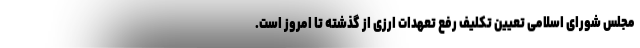
مجلس شورای اسلامی تعیین تکلیف رفع تعهدات ارزی از گذشته تا امروز است.